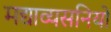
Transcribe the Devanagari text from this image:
मद्याव्यसनियों